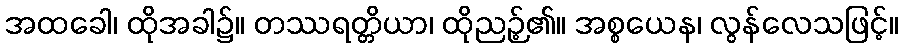
အထခေါ၊ ထိုအခါ၌။ တဿရတ္တိယာ၊ ထိုညဉ့်၏။ အစ္စယေန၊ လွန်လေသဖြင့်။